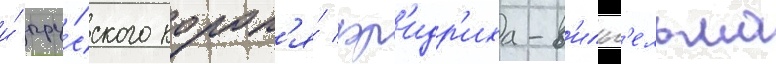
и́ пру́сского корол'я́ фр'идр'иха-в'ильг'ельма